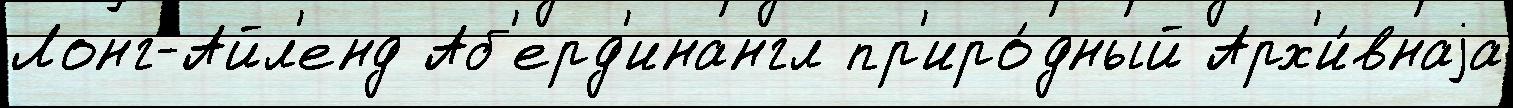
Лонг-Айл'енд Аб'ерд'инангл пр'иро́дный Арх'и́внаjа